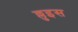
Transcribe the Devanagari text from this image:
ल्लुइस